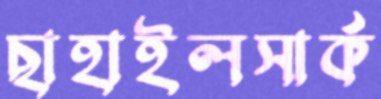
ছাহাইলসার্ক